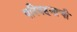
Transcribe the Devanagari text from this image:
परिवहनाची